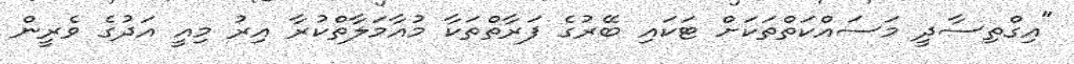
"އިގްތިސާދީ މަސައްކަތްތަކަށް ޓަކައި ބޭރުގެ ފަރާތްތަކާ މުއާމަލާތްކުރާ އިރު މިއީ އަދުގެ ވެރީން